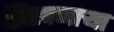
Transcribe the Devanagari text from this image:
झिरपणाऱ्या